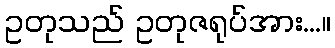
ဥတုသည် ဥတုဇရုပ်အား...။